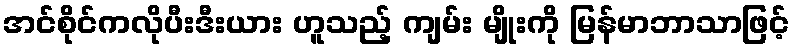
အင်စိုင်ကလိုပီးဒီးယား ဟူသည့် ကျမ်း မျိုးကို မြန်မာဘာသာဖြင့်